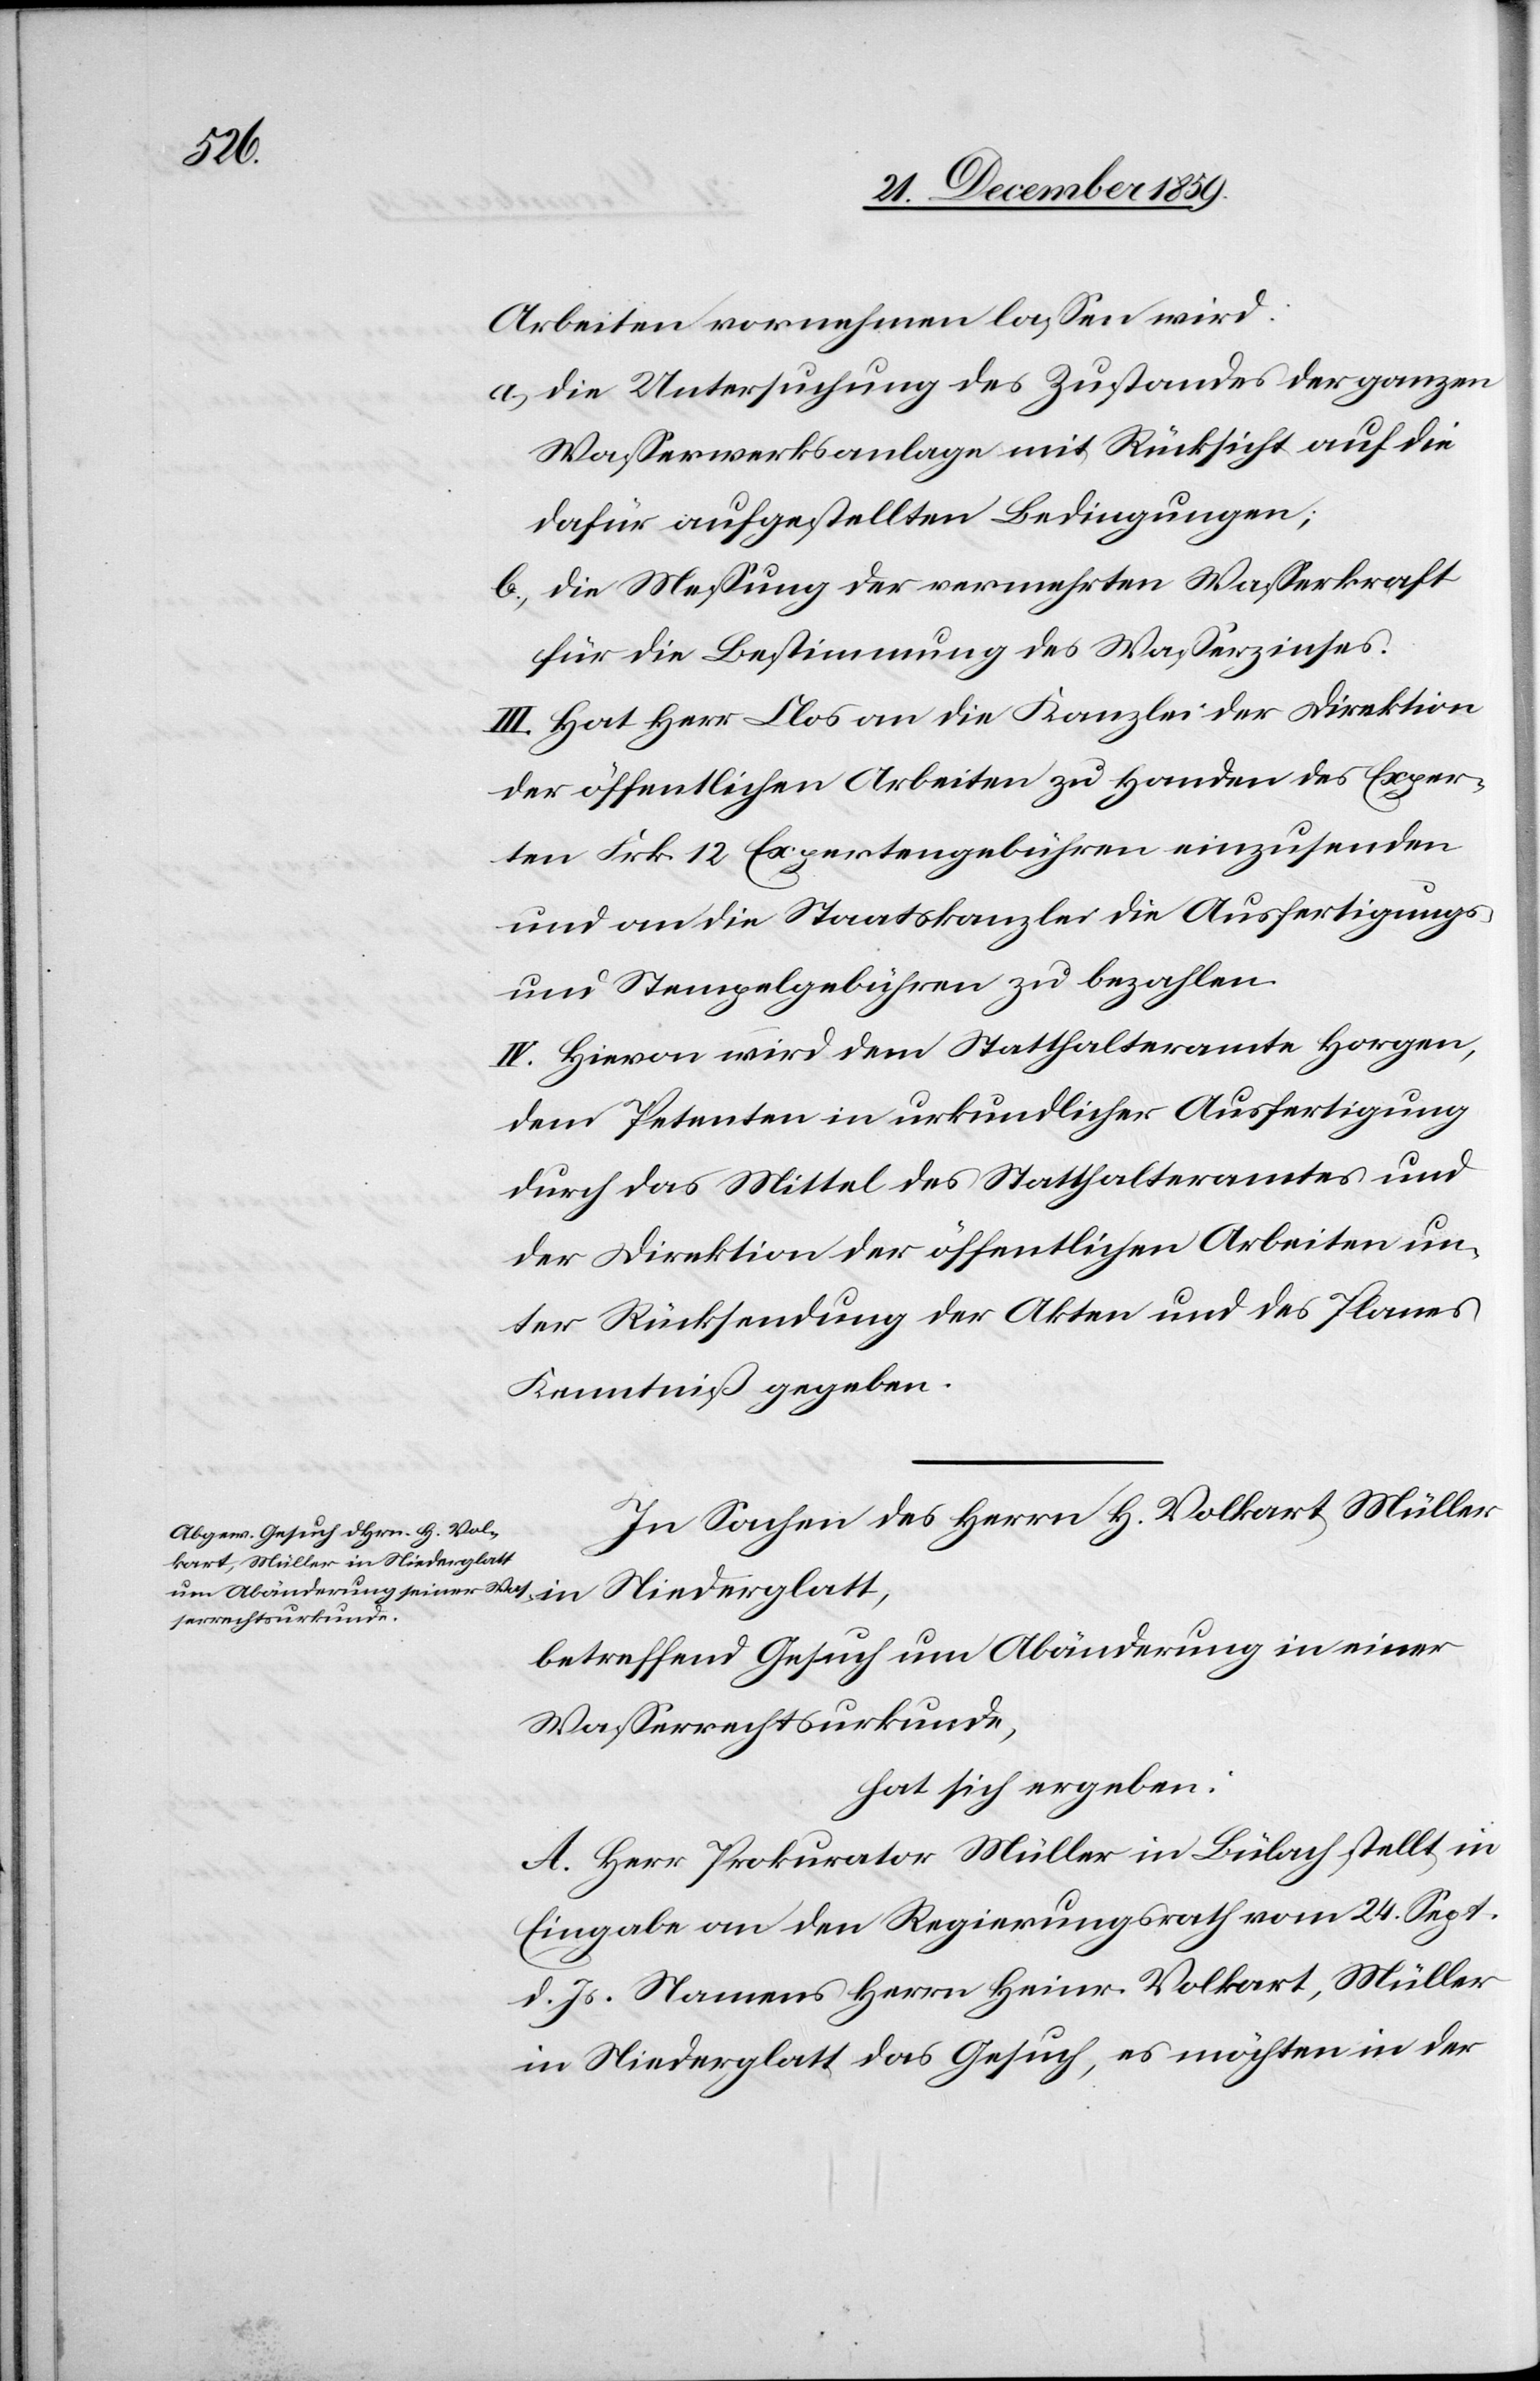
Arbeiten vornehmen lassen wird:
a) die Untersuchung des Zustandes der ganzen
Wasserwerksanlage mit Rücksicht auf die
dafür aufgestellten Bedingungen;
b) die Messung der vermehrten Wasserkraft
für die Bestimmung des Wasserzinses.
III. Hat Herr Clos an die Kanzlei der Direktion
der öffentlichen Arbeiten zu Handen des Exper¬
ten Frk. 12 Expertengebühren einzusenden
und an die Staatskanzlei die Ausfertigungs-
und Stempelgebühren zu bezahlen.
IV. Hievon wird dem Statthalteramte Horgen,
dem Petenten in urkundlicher Ausfertigung
durch das Mittel des Statthalteramtes und
der Direktion der öffentlichen Arbeiten un¬
ter Rücksendung der Akten und des Planes
Kenntniß gegeben.
In Sachen des Herrn H. Volkart, Müller
betreffend Gesuch um Abänderung in einer
Wasserrechtsurkunde,
hat sich ergeben:
A. Herr Prokurator Müller in Bülach stellt in
Eingabe an den Regierungsrath vom 24. Sept.
d. Js. Namens Herrn Heinr. Volkart, Müller
in Niederglatt das Gesuch, es möchten in der